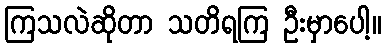
ကြသလဲဆိုတာ သတိရကြ ဦးမှာပေါ့။